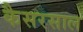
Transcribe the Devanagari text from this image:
कैसरसाल